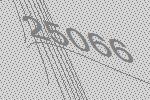
25066